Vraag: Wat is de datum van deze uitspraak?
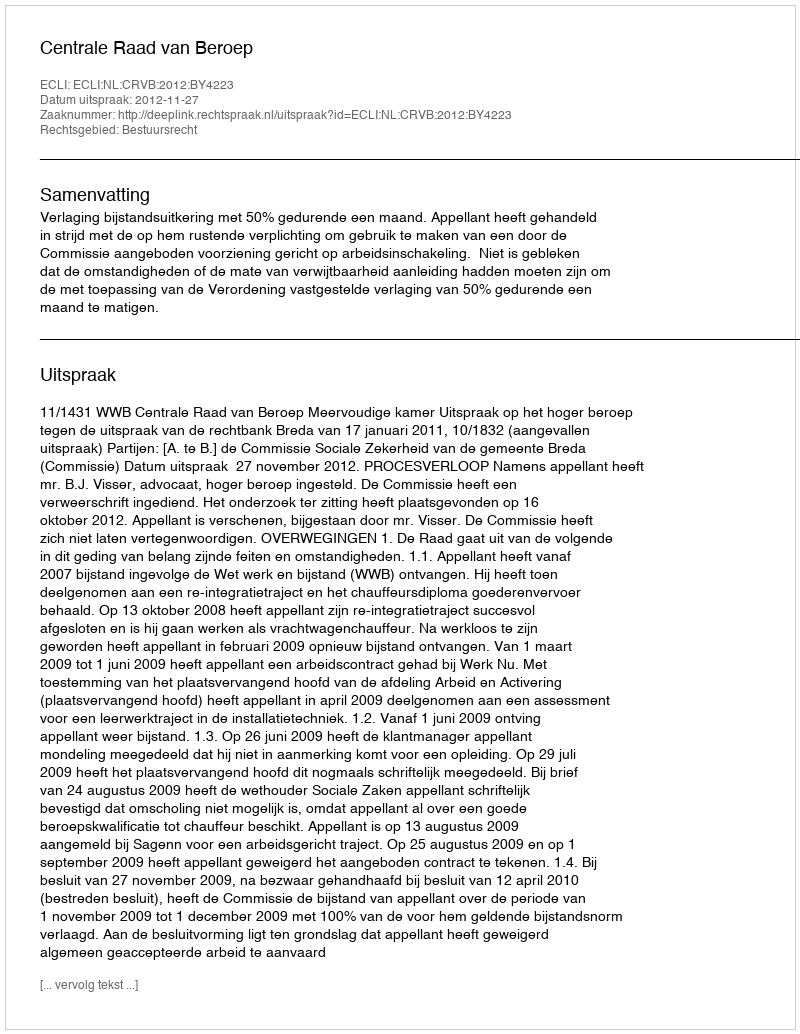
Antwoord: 2012-11-27